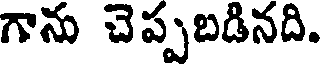
గాను చెప్పబడినది.